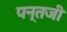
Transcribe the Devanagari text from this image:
पन्तजी